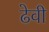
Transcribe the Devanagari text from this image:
ढेवी